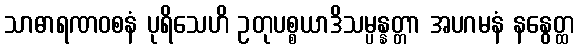
သာဓာရဏဝစနံ ပုရိသေဟိ ဥတုပစ္စယာဒိသမ္ပန္နတ္တာ အပဂမနံ နနွေတ္ထ